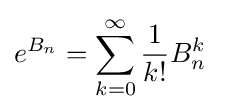
e^{B_{n}}=\sum _{k=0}^{\infty }{1 \over k!}B_{n}^{k}~